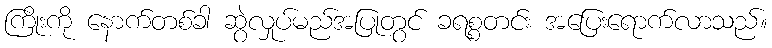
ကြိုးကို နောက်တစ်ခါ ဆွဲလှုပ်မည်အပြုတွင် ခရစ္စတင်း အပြေးရောက်လာသည်။